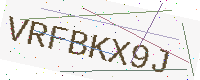
Text: VRFBKX9J